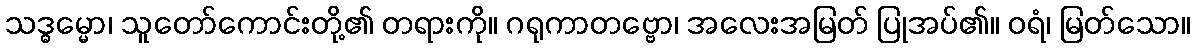
သဒ္ဓမ္မော၊ သူတော်ကောင်းတို့၏ တရားကို။ ဂရုကာတဗ္ဗော၊ အလေးအမြတ် ပြုအပ်၏။ ဝရံ၊ မြတ်သော။